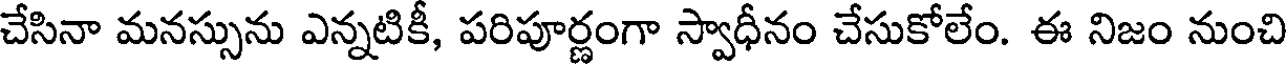
చేసినా మనస్సును ఎన్నటికీ, పరిపూర్ణంగా స్వాధీనం చేసుకోలేం. ఈ నిజం నుంచి